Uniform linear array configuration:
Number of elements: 8
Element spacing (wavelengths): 0.75
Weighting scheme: kaiser
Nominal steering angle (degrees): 15
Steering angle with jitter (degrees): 13.559
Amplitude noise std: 0.05
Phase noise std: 0.05

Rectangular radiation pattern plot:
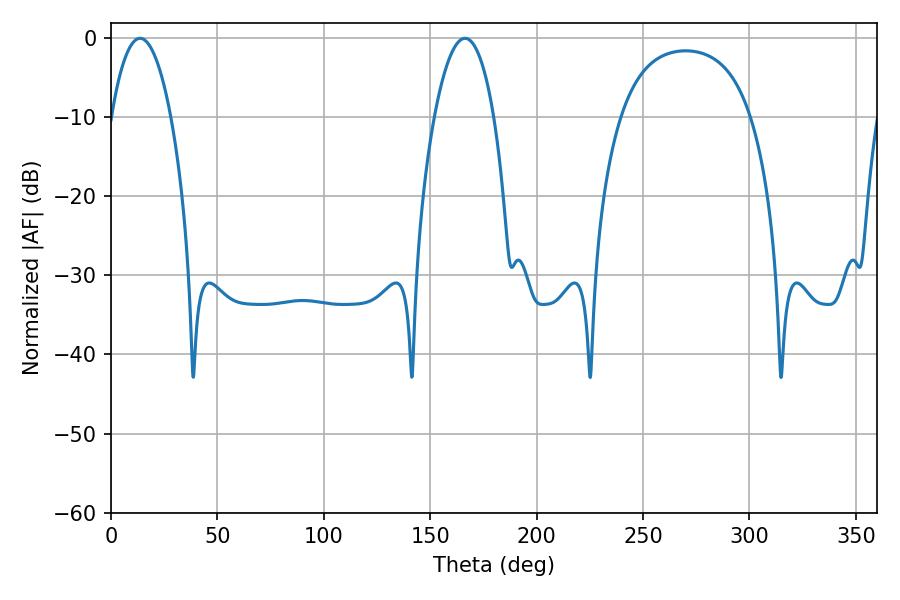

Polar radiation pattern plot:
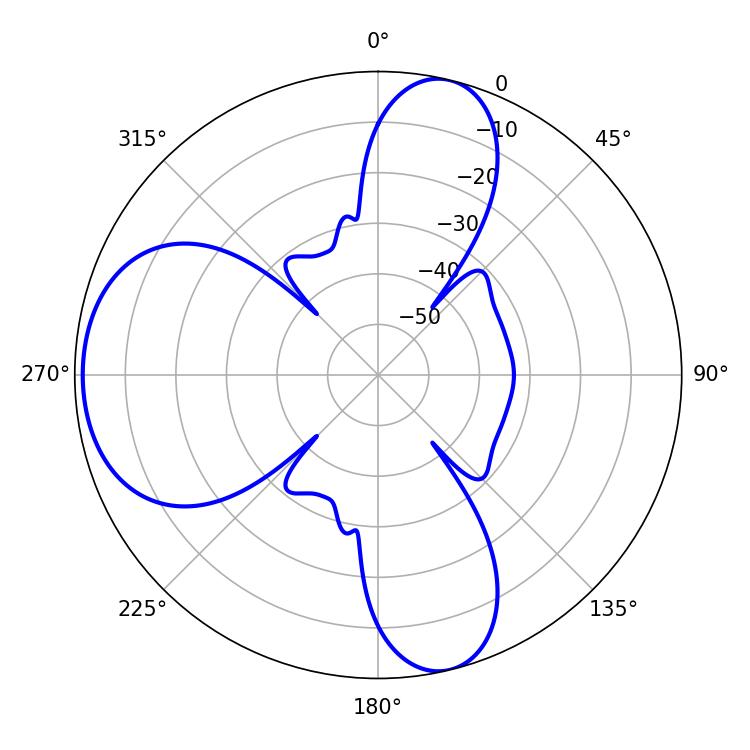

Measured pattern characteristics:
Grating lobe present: TRUE
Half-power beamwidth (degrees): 15.66
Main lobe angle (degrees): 13.68